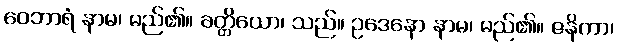
ဝေဘာရံ နာမ၊ မည်၏။ ခတ္တိယော၊ သည်။ ဥဒေနော နာမ၊ မည်၏။ ဇနိကာ၊